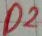
Text: D2